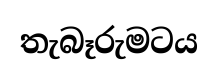
තැබෑරුමටය